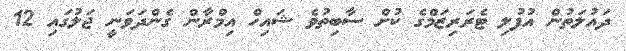
ދައުލަތުން އުފުލި ޓެރަރިޒަމްގެ ކުށް ސާބިތުވެ ޝައިހް އިމްރާން ގެންދަވަނީ ޖަލުގައި 12